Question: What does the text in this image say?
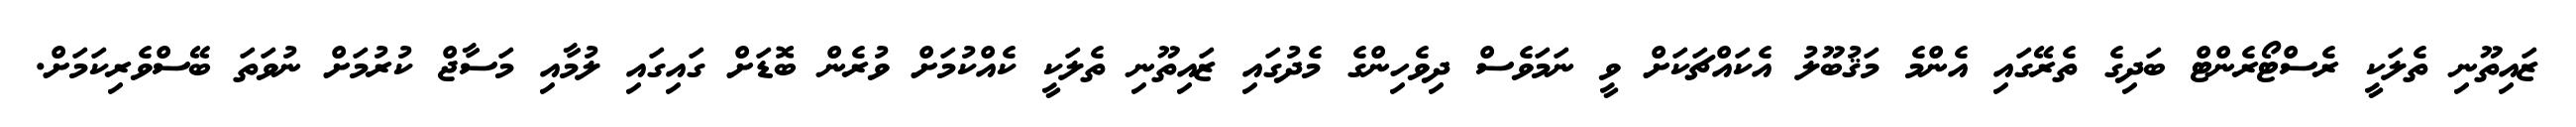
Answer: ޒައިތޫނި ތެލަކީ ރެސްޓޯރެންޓް ބަދިގެ ތެރޭގައި އެންމެ މަޤުބޫލު އެކައްޗަކަށް ވީ ނަމަވެސް ދިވެހިންގެ މެދުގައި ޒައިތޫނި ތެލަކީ ކެއްކުމަށް ވުރެން ބޮޑަށް ގައިގައި ލުމާއި މަސާޖް ކުރުމަށް ނުވަތަ ބޭސްވެރިކަމަށް.